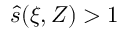
\hat { s } ( \xi , Z ) > 1